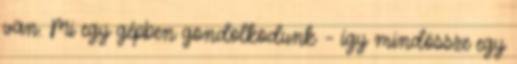
van. Mi egy gépben gondolkodunk – így mindössze egy